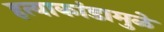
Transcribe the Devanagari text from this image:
हत्याकांडामुळे